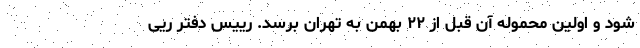
شود و اولین محموله آن قبل از ۲۲ بهمن به تهران برسد. رییس دفتر ریی